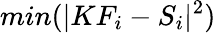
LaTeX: min(\lvert KF_{i}-S_{i}\rvert^{2})